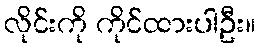
လိုင်းကို ကိုင်ထားပါဦး။